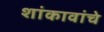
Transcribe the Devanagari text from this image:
शांकावांचे